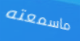
ماسمعته